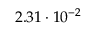
2 . 3 1 \cdot 1 0 ^ { - 2 }